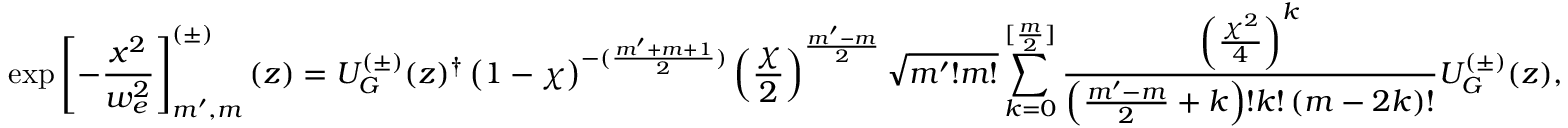
\exp \left[ - \frac { x ^ { 2 } } { w _ { e } ^ { 2 } } \right] _ { m ^ { \prime } , m } ^ { ( \pm ) } ( z ) = U _ { G } ^ { ( \pm ) } ( z ) ^ { \dag } \left( 1 - \chi \right) ^ { - ( \frac { m ^ { \prime } + m + 1 } { 2 } ) } \left( \frac { \chi } { 2 } \right) ^ { \frac { m ^ { \prime } - m } { 2 } } \sqrt { m ^ { \prime } ! m ! } \sum _ { k = 0 } ^ { [ \frac { m } { 2 } ] } \frac { \left( \frac { \chi ^ { 2 } } { 4 } \right) ^ { k } } { \left( \frac { m ^ { \prime } - m } { 2 } + k \right) ! k ! \left( m - 2 k \right) ! } U _ { G } ^ { ( \pm ) } ( z ) ,